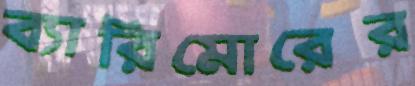
ব্যারিমোরের